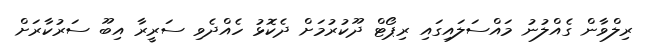
ރިލްވާން ގެއްލުނު މައްސަލައިގައި ރިޕޯޓް ދޫކުރުމަށް ދެކޮޅު ހެއްދެވި ސަރީރާ އިބޫ ސަރުކާރަށް